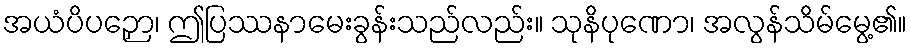
အယံပိပဉှော၊ ဤပြဿနာမေးခွန်းသည်လည်း။ သုနိပုဏော၊ အလွန်သိမ်မွေ့၏။